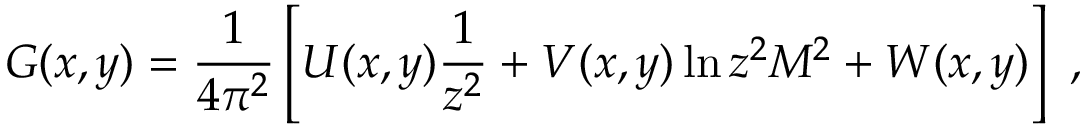
G ( x , y ) = { \frac { 1 } { 4 \pi ^ { 2 } } } \left[ U ( x , y ) { \frac { 1 } { z ^ { 2 } } } + V ( x , y ) \ln z ^ { 2 } M ^ { 2 } + W ( x , y ) \right] \, \, ,